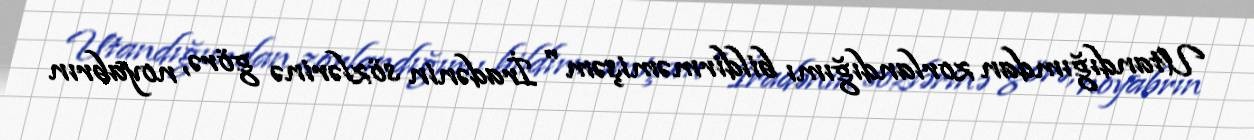
Utandığımdan zorlandığımı bildirməmişəm" İradənin sözlərinə görə, noyabrın